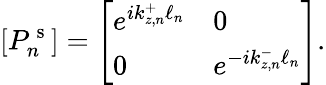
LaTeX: [P_{n}^{\mathrm{~s~}}]=\left[\begin{array}{ll}{e^{ik_{z,n}^{+}\ell_{n}}}&{0}\\ {0}&{e^{-ik_{z,n}^{-}\ell_{n}}}\end{array}\right].